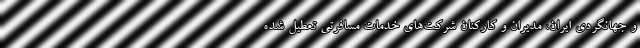
و جهانگردی ایران، مدیران و کارکنان شرکت‌های خدمات مسافرتی تعطیل ‌شده